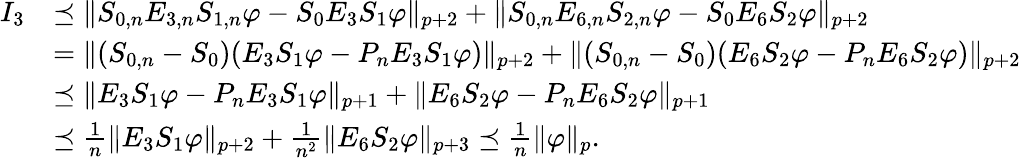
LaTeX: \begin{array}{rl}{I_{3}}&{\preceq\| S_{0,n}E_{3,n}S_{1,n}\varphi-S_{0}E_{3}S_{1}\varphi\| _{p+2}+\| S_{0,n}E_{6,n}S_{2,n}\varphi-S_{0}E_{6}S_{2}\varphi\| _{p+2}}\\ &{=\| (S_{0,n}-S_{0})(E_{3}S_{1}\varphi-P_{n}E_{3}S_{1}\varphi)\| _{p+2}+\| (S_{0,n}-S_{0})(E_{6}S_{2}\varphi-P_{n}E_{6}S_{2}\varphi)\| _{p+2}}\\ &{\preceq\| E_{3}S_{1}\varphi-P_{n}E_{3}S_{1}\varphi\| _{p+1}+\| E_{6}S_{2}\varphi-P_{n}E_{6}S_{2}\varphi\| _{p+1}}\\ &{\preceq\frac{1}{n}\| E_{3}S_{1}\varphi\| _{p+2}+\frac{1}{n^{2}}\| E_{6}S_{2}\varphi\| _{p+3}\preceq\frac{1}{n}\| \varphi\| _{p}.}\end{array}